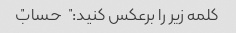
کلمه زیر را برعکس کنید: "حساب"